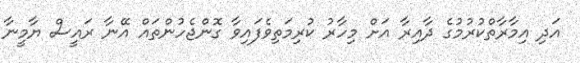
އަދި އިމާރާތްކުރުމުގެ ދާއިރާ އަށް މިހާރު ކުރިމަތިވެފައިވާ ގޮންޖެހުންތައް އޭނާ ރައީސް ޔާމީނާ